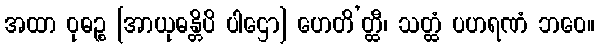
အထာ ဝုဓဉ္စ [အာယုဓန္တိပိ ပါဌော] ဟေတိ’တ္ထီ၊ သတ္ထံ ပဟရဏံ ဘဝေ။